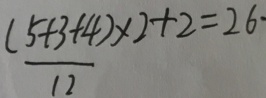
\frac { ( 5 + 3 + 4 ) } { 1 2 } \times 2 + 2 = 2 6 \cdot